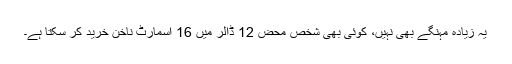
یہ زیادہ مہنگے بھی نہیں، کوئی بھی شخص محض 12 ڈالر میں 16 اسمارٹ ناخن خرید کر سکتا ہے۔